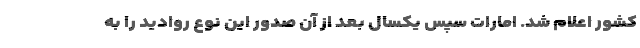
کشور اعلام شد. امارات سپس یکسال بعد از آن صدور این نوع روادید را به